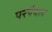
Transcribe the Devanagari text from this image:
परपैदल